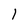
Character: 1